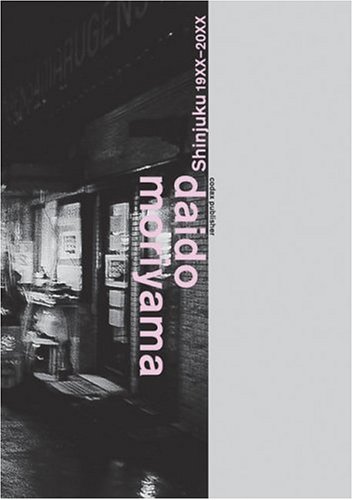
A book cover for Daido Moriyama: Shinjuku 19XX-20XX; Arts & Photography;